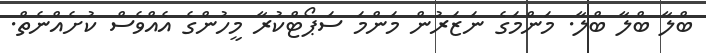
ބްލާ ބްލާ ބްލާ. މަންމަގެ ނަޒަރުން މަންމަ ސަޕޯޓްކުރާ މީހުންގެ އެއްވެސް ކުށެއްނެތް.